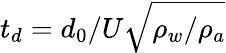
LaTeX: t_{d}=d_{0}/U\sqrt{\rho_{w}/\rho_{a}}